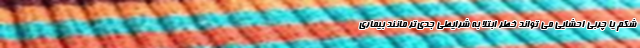
شکم یا چربی احشایی می تواند خطر ابتلا به شرایطی جدی‌تر مانند بیماری